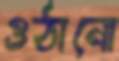
ওঠানো